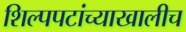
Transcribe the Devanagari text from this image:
शिल्पपटांच्याखालीच